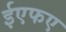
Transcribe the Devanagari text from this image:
ईएफए